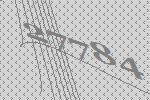
27784